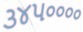
૩૪૫૦૦૦૦